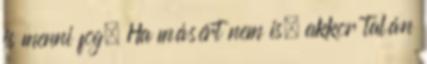
is menni fog. Ha másért nem is, akkor talán